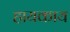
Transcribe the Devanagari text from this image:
हायकाय